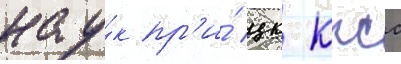
нау́к пр'и́ цк кпсс